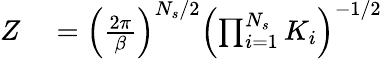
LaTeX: \begin{array}{rl}{Z}&{{}=\left(\frac{2\pi}{\beta}\right)^{N_{s}/2}\left(\prod_{i=1}^{N_{s}}{K_{i}}\right)^{-1/2}}\end{array}